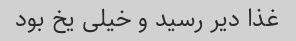
غذا دیر رسید و خیلی یخ بود